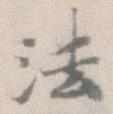
法